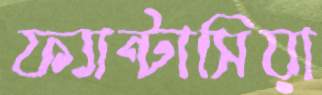
ফ্যান্টাসিয়া